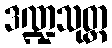
ဒဏ္ဍသုတ္တ